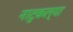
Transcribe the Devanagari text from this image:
नाटुकल्या